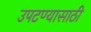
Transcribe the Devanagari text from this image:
उपटण्यासाठी